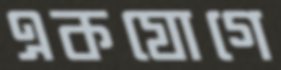
একযোগে